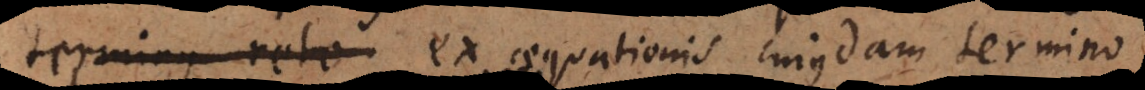
potius: Si ex aequationis cujusdam termino